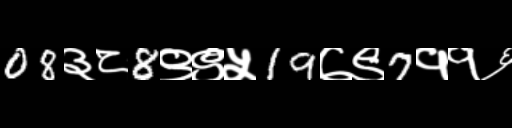
Text: 08३८8९९५19७९7११६